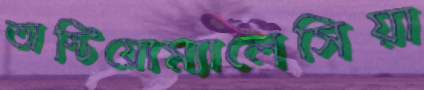
অস্টিয়োম্যালেসিয়া